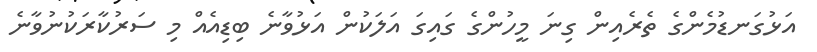
އަޅުގަނޑުމެންގެ ތެރެއިން ގިނަ މީހުންގެ ގައިގަ އަލަކުން އަޅުވާނެ ބިޑިއެއް މި ސަރުކާރަކުނުވާނެ